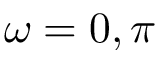
\omega = 0 , \pi